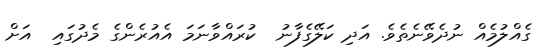
ގެއްލުމެއް ނުދެވޭނެތެވެ. އަދި ކަލޭގެފާނު  ކުރައްވާނަމަަ އެއުރެންގެ މެދުގައި  އަށް